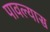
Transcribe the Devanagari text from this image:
पावल्यास